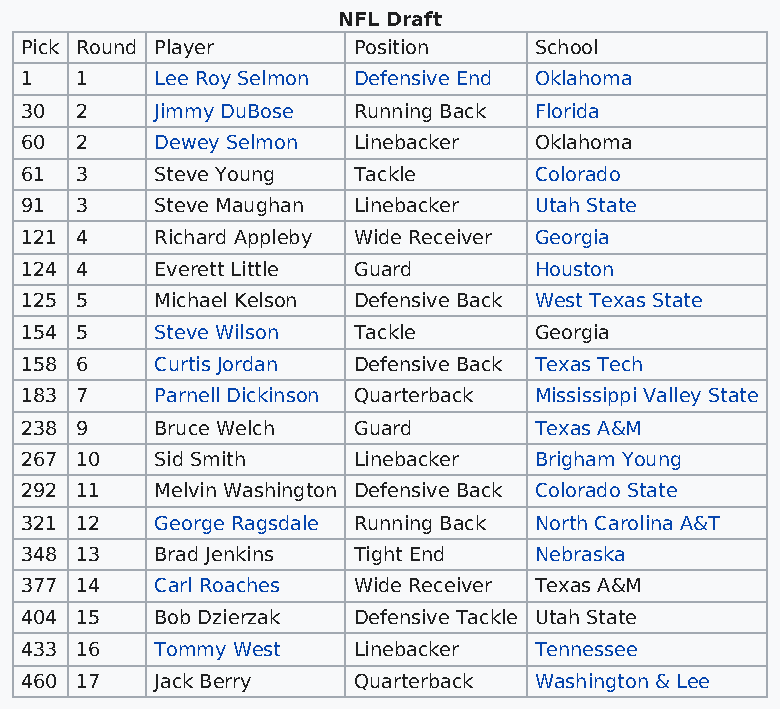
NFL Draft
 Pick Round Player     Position    School
 1   1    Lee Roy Selmon Defensive End Oklahoma
 30  2    Jimmy DuBose Running Back Florida
 60  2    Dewey Selmon Linebacker  Oklahoma
 61  3    Steve Young  Tackle      Colorado
 91  3    Steve Maughan Linebacker Utah State
 121 4    Richard Appleby Wide Receiver Georgia
 124 4    Everett Little Guard     Houston
 125 5    Michael Kelson Defensive Back West Texas State
 154 5    Steve Wilson Tackle      Georgia
 158 6    Curtis Jordan Defensive Back Texas Tech
 183 7    Parnell Dickinson Quarterback Mississippi Valley State
 238 9    Bruce Welch  Guard       Texas A&M
 267 10   Sid Smith    Linebacker  Brigham Young
 292 11   Melvin Washington Defensive Back Colorado State
 321 12   George Ragsdale Running Back North Carolina A&T
 348 13   Brad Jenkins Tight End   Nebraska
 377 14   Carl Roaches Wide Receiver Texas A&M
 404 15   Bob Dzierzak Defensive Tackle Utah State
 433 16   Tommy West   Linebacker  Tennessee
 460 17   Jack Berry   Quarterback Washington & Lee